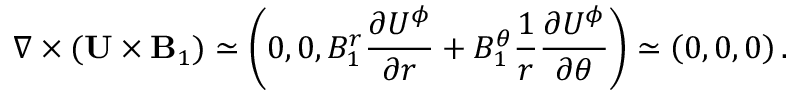
\nabla \times ( { \bf { U } } \times { \bf { B } } _ { 1 } ) \simeq \left( { 0 , 0 , B _ { 1 } ^ { r } \frac { \partial U ^ { \phi } } { \partial r } + B _ { 1 } ^ { \theta } \frac { 1 } { r } \frac { \partial U ^ { \phi } } { \partial \theta } } \right) \simeq \left( { 0 , 0 , 0 } \right) .